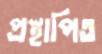
প্রস্থাপিত